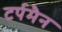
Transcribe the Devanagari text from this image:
टर्पमैन